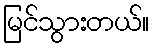
မြင်သွားတယ်။